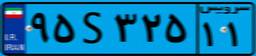
۹۵S۳۲۵۱۱